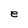
Character: e